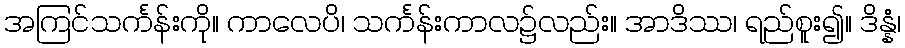
အကြင်သင်္ကန်းကို။ ကာလေပိ၊ သင်္ကန်းကာလ၌လည်း။ အာဒိဿ၊ ရည်စူး၍။ ဒိန္နံ၊